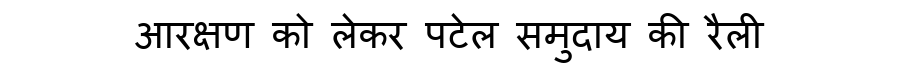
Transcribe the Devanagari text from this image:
आरक्षण को लेकर पटेल समुदाय की रैली